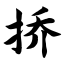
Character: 挢